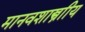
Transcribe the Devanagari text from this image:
मानवशास्त्राीय